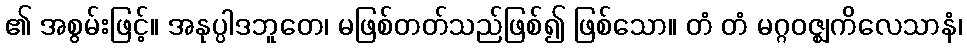
၏ အစွမ်းဖြင့်။ အနုပ္ပါဒဘူတေ၊ မဖြစ်တတ်သည်ဖြစ်၍ ဖြစ်သော။ တံ တံ မဂ္ဂဝဇ္ဈကိလေသာနံ၊